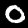
Digit: 0